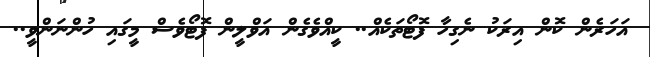
އަހަރެން ކޮން އިރަކު ނެގިހާ ފޮޓޯތަކެއް.. ކީއްވެގެން އަވްލީން ފޮޓޯވެސް މީގައި ހުންނަންވީ..